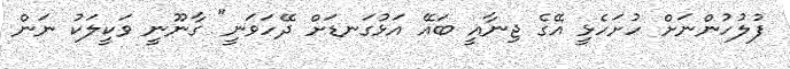
ފުލުހުންނަށް ހުށަހެޅީ އޭގެ ޖިނާއީ ބައޭ އަޅުގަނޑަށް ދޭހަވަނީ" ގާނޫނީ ވަކީލަކު ނަން